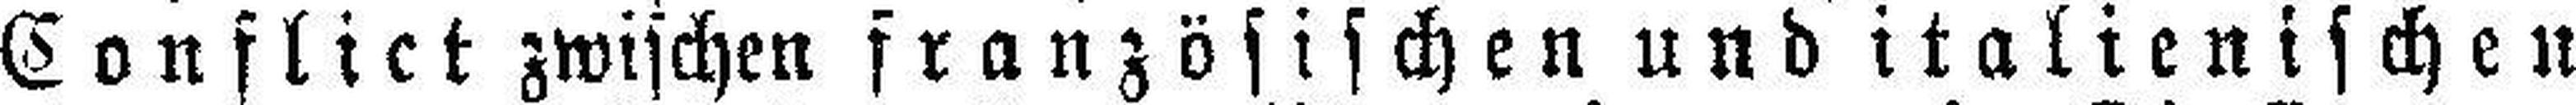
Conflict zwischen französischen und italienischen